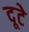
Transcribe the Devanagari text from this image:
दूटे